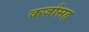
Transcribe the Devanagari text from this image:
कर्जासह